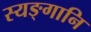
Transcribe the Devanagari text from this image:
स्यङ्गानि